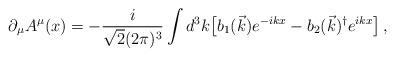
LaTeX: \begin{align*}\partial_\mu A^\mu (x) = - \frac{i}{\sqrt{2} (2 \pi)^3} \int d^3 k \bigl[ b_1 (\vec{k}) e^{-ikx} -b_2 (\vec{k})^\dagger e^{ikx} \bigr] \, ,\end{align*}